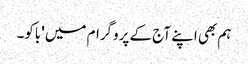
ہم بھی اپنے آج کے پروگرام میں 'باکو۔